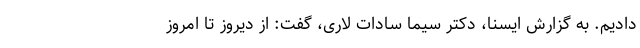
دادیم. به گزارش ایسنا، دکتر سیما سادات لاری، گفت: از دیروز تا امروز